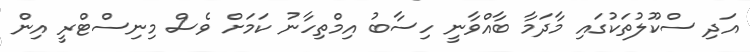
އަދި ސްކޫލުތަކުގައި މާދަމާ ބާއްވާނީ ހިސާބު އިމްތިހާނު ކަމަށް ވެސް މިނިސްޓްރީ އިން